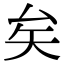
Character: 矣